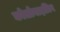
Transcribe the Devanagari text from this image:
कोलोनाइज़िग